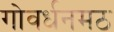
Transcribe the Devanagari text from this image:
गोवर्धनमठ